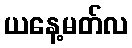
ယနေ့မတ်လ